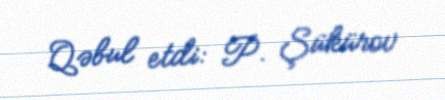
Qəbul etdi: P. Şükürov